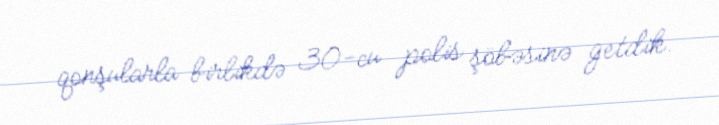
qonşularla birlikdə 30-cu polis şöbəsinə getdik.